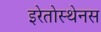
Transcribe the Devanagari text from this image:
इरेतोस्थेनस